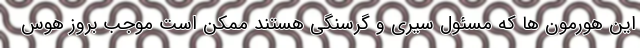
این هورمون ها که مسئول سیری و گرسنگی هستند ممکن است موجب بروز هوس